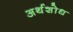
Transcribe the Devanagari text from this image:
अर्थशोध